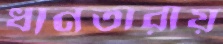
ধানতারায়